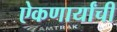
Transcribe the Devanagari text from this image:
ऐकणार्यांची